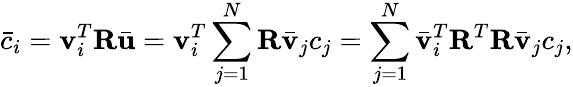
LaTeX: \bar{c}_{i}=\mathbf{v}_{i}^{T}\mathbf{R}\bar{\mathbf{u}}=\mathbf{v}_{i}^{T}\sum_{j=1}^{N}\mathbf{R}\bar{\mathbf{v}}_{j}c_{j}=\sum_{j=1}^{N}\bar{\mathbf{v}}_{i}^{T}\mathbf{R}^{T}\mathbf{R}\bar{\mathbf{v}}_{j}c_{j},